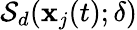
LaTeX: \mathcal{S}_{d}(\mathbf{x}_{j}(t);\delta)